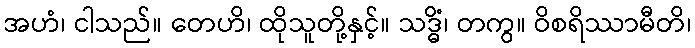
အဟံ၊ ငါသည်။ တေဟိ၊ ထိုသူတို့နှင့်။ သဒ္ဓိံ၊ တကွ။ ဝိစရိဿာမီတိ၊